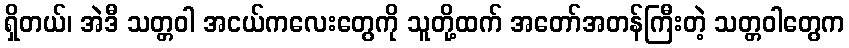
ရှိတယ်၊ အဲဒီ သတ္တဝါ အငယ်ကလေးတွေကို သူတို့ထက် အတော်အတန်ကြီးတဲ့ သတ္တဝါတွေက